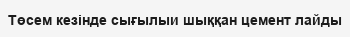
Төсем кезінде сығылыи шыққан цемент лайды